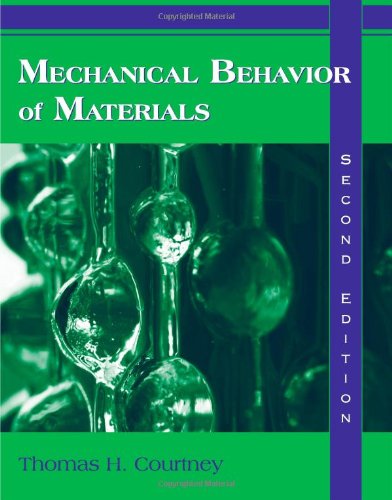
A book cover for Mechanical Behavior of Materials; Thomas H. Courtney; Science & Math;